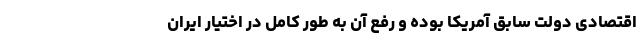
اقتصادی دولت سابق آمریکا بوده و رفع آن به طور کامل در اختیار ایران